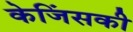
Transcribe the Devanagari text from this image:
केजिंसकी